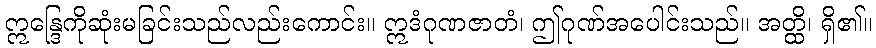
ဣန္ဒြေကိုဆုံးမခြင်းသည်လည်းကောင်း။ ဣဒံဂုဏဇာတံ၊ ဤဂုဏ်အပေါင်းသည်။ အတ္ထိ၊ ရှိ၏။